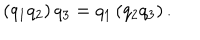
\left( q _ { 1 } q _ { 2 } \right) q _ { 3 } = q _ { 1 } \left( q _ { 2 } q _ { 3 } \right) .